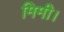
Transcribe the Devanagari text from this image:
मिमी।